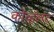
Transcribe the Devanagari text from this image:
कोव्हॅलंट